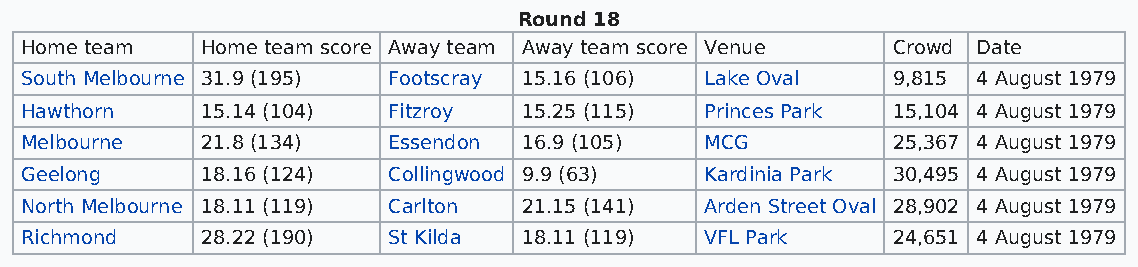
Round 18
 Home team   Home team score Away team Away team score Venue Crowd Date
 South Melbourne 31.9 (195) Footscray 15.16 (106) Lake Oval 9,815 4 August 1979
 Hawthorn    15.14 (104)  Fitzroy  15.25 (115) Princes Park 15,104 4 August 1979
 Melbourne   21.8 (134)   Essendon 16.9 (105)  MCG         25,367 4 August 1979
 Geelong     18.16 (124)  Collingwood 9.9 (63) Kardinia Park 30,495 4 August 1979
 North Melbourne 18.11 (119) Carlton 21.15 (141) Arden Street Oval 28,902 4 August 1979
 Richmond    28.22 (190)  St Kilda 18.11 (119) VFL Park    24,651 4 August 1979